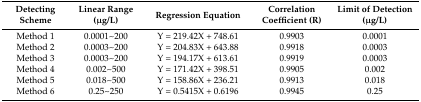
| Detecting Scheme | Linear Range (μg/L) | Regression Equation | Correlation Coefficient (R) | Limit of Detection (μg/L) |
 | --- | --- | --- | --- | --- |
 | Method 1 | 0.0001~200 | Y = 219.42X + 748.61 | 0.9903 | 0.0001 |
 | Method 2 | 0.0003~200 | Y = 204.83X + 643.88 | 0.9918 | 0.0003 |
 | Method 3 | 0.0003~200 | Y = 194.17X + 613.61 | 0.9919 | 0.0003 |
 | Method 4 | 0.002~500 | Y = 171.42X + 398.51 | 0.9905 | 0.002 |
 | Method 5 | 0.018~500 | Y = 158.86X + 236.21 | 0.9913 | 0.018 |
 | Method 6 | 0.25~250 | Y = 0.5415X + 0.6196 | 0.9945 | 0.25 |